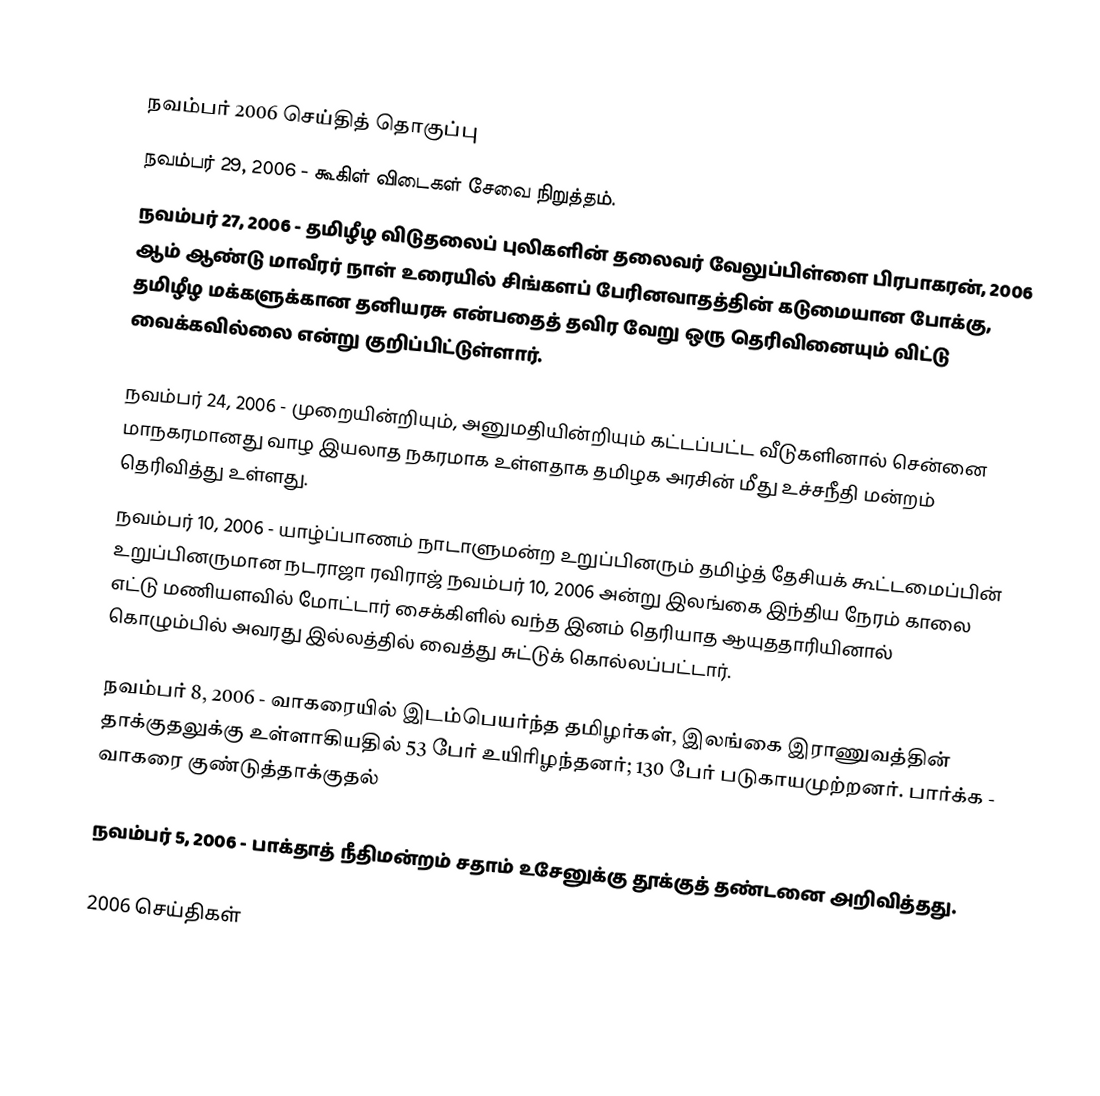

நவம்பர் 2006 செய்தித் தொகுப்பு
 நவம்பர் 29, 2006 - கூகிள் விடைகள் சேவை நிறுத்தம்.
 நவம்பர் 27, 2006 - தமிழீழ விடுதலைப் புலிகளின் தலைவர் வேலுப்பிள்ளை பிரபாகரன், 2006 ஆம் ஆண்டு மாவீரர் நாள் உரையில் சிங்களப் பேரினவாதத்தின் கடுமையான போக்கு, தமிழீழ மக்களுக்கான தனியரசு என்பதைத் தவிர வேறு ஒரு தெரிவினையும் விட்டு வைக்கவில்லை என்று குறிப்பிட்டுள்ளார்.

 நவம்பர் 24, 2006 - முறையின்றியும், அனுமதியின்றியும் கட்டப்பட்ட வீடுகளினால் சென்னை மாநகரமானது வாழ இயலாத நகரமாக உள்ளதாக தமிழக அரசின் மீது உச்சநீதி மன்றம் தெரிவித்து உள்ளது.
 நவம்பர் 10, 2006 - யாழ்ப்பாணம் நாடாளுமன்ற உறுப்பினரும் தமிழ்த் தேசியக் கூட்டமைப்பின் உறுப்பினருமான நடராஜா ரவிராஜ்  நவம்பர் 10, 2006 அன்று இலங்கை இந்திய நேரம் காலை எட்டு மணியளவில் மோட்டார் சைக்கிளில் வந்த இனம் தெரியாத ஆயுததாரியினால்  கொழும்பில் அவரது இல்லத்தில் வைத்து சுட்டுக் கொல்லப்பட்டார்.

 நவம்பர் 8, 2006 - வாகரையில் இடம்பெயர்ந்த தமிழர்கள், இலங்கை இராணுவத்தின் தாக்குதலுக்கு உள்ளாகியதில் 53 பேர் உயிரிழந்தனர்; 130 பேர் படுகாயமுற்றனர். பார்க்க - வாகரை குண்டுத்தாக்குதல்

 நவம்பர் 5, 2006 - பாக்தாத் நீதிமன்றம் சதாம் உசேனுக்கு தூக்குத் தண்டனை அறிவித்தது.

2006 செய்திகள்